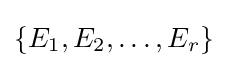
\{E_{1},E_{2},\ldots ,E_{r}\}